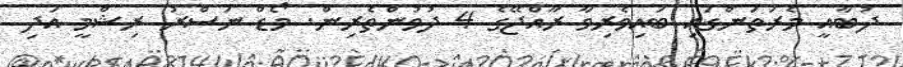
ދުބާއީ މެރަތަންގައި ބައިވެރިވާ ރާއްޖޭގެ 4 ދުވުންތެރިން. މޯޑް ނަސްރު ރިޝްމީ އަދި